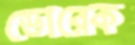
ভোরেক